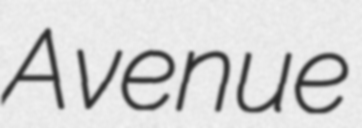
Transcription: Avenue